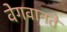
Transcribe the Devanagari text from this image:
वेगवानते